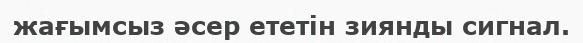
жағымсыз әсер ететін зиянды сигнал.